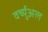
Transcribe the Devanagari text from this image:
वर्च्युअल